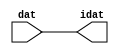

//------> /package/eda/mg/Catapult_10.3d/Mgc_home/pkgs/siflibs/ccs_in_v1.v 
//------------------------------------------------------------------------------
// Catapult Synthesis - Sample I/O Port Library
//
// Copyright (c) 2003-2017 Mentor Graphics Corp.
//       All Rights Reserved
//
// This document may be used and distributed without restriction provided that
// this copyright statement is not removed from the file and that any derivative
// work contains this copyright notice.
//
// The design information contained in this file is intended to be an example
// of the functionality which the end user may study in preparation for creating
// their own custom interfaces. This design does not necessarily present a 
// complete implementation of the named protocol or standard.
//
//------------------------------------------------------------------------------


module ccs_in_v1 (idat, dat);

  parameter integer rscid = 1;
  parameter integer width = 8;

  output [width-1:0] idat;
  input  [width-1:0] dat;

  wire   [width-1:0] idat;

  assign idat = dat;

endmodule


//------> /package/eda/mg/Catapult_10.3d/Mgc_home/pkgs/siflibs/ccs_out_v1.v 
//------------------------------------------------------------------------------
// Catapult Synthesis - Sample I/O Port Library
//
// Copyright (c) 2003-2015 Mentor Graphics Corp.
//       All Rights Reserved
//
// This document may be used and distributed without restriction provided that
// this copyright statement is not removed from the file and that any derivative
// work contains this copyright notice.
//
// The design information contained in this file is intended to be an example
// of the functionality which the end user may study in preparation for creating
// their own custom interfaces. This design does not necessarily present a 
// complete implementation of the named protocol or standard.
//
//------------------------------------------------------------------------------

module ccs_out_v1 (dat, idat);

  parameter integer rscid = 1;
  parameter integer width = 8;

  output   [width-1:0] dat;
  input    [width-1:0] idat;

  wire     [width-1:0] dat;

  assign dat = idat;

endmodule




//------> /package/eda/mg/Catapult_10.3d/Mgc_home/pkgs/siflibs/mgc_io_sync_v2.v 
//------------------------------------------------------------------------------
// Catapult Synthesis - Sample I/O Port Library
//
// Copyright (c) 2003-2017 Mentor Graphics Corp.
//       All Rights Reserved
//
// This document may be used and distributed without restriction provided that
// this copyright statement is not removed from the file and that any derivative
// work contains this copyright notice.
//
// The design information contained in this file is intended to be an example
// of the functionality which the end user may study in preparation for creating
// their own custom interfaces. This design does not necessarily present a 
// complete implementation of the named protocol or standard.
//
//------------------------------------------------------------------------------


module mgc_io_sync_v2 (ld, lz);
    parameter valid = 0;

    input  ld;
    output lz;

    wire   lz;

    assign lz = ld;

endmodule


//------> ./rtl.v 
// ----------------------------------------------------------------------
//  HLS HDL:        Verilog Netlister
//  HLS Version:    10.3d/815731 Production Release
//  HLS Date:       Wed Apr 24 14:54:19 PDT 2019
// 
//  Generated by:   695r48@cparch23.ecn.purdue.edu
//  Generated date: Tue Nov  9 14:55:47 2021
// ----------------------------------------------------------------------

// 
// ------------------------------------------------------------------
//  Design Unit:    fir_Altera_DIST_DIST_1R1W_RBW_rport_1_16_5_32_32_16_gen
// ------------------------------------------------------------------


module fir_Altera_DIST_DIST_1R1W_RBW_rport_1_16_5_32_32_16_gen (
  q, radr, radr_d, q_d, rport_r_ram_ir_internal_RMASK_B_d
);
  input [15:0] q;
  output [4:0] radr;
  input [4:0] radr_d;
  output [15:0] q_d;
  input rport_r_ram_ir_internal_RMASK_B_d;



  // Interconnect Declarations for Component Instantiations 
  assign q_d = q;
  assign radr = (radr_d);
endmodule

// ------------------------------------------------------------------
//  Design Unit:    fir_core_core_fsm
//  FSM Module
// ------------------------------------------------------------------


module fir_core_core_fsm (
  clk, rst, fsm_output, MAC_C_3_tr0
);
  input clk;
  input rst;
  output [6:0] fsm_output;
  reg [6:0] fsm_output;
  input MAC_C_3_tr0;


  // FSM State Type Declaration for fir_core_core_fsm_1
  parameter
    main_C_0 = 3'd0,
    MAC_C_0 = 3'd1,
    MAC_C_1 = 3'd2,
    MAC_C_2 = 3'd3,
    MAC_C_3 = 3'd4,
    MAC_C_4 = 3'd5,
    main_C_1 = 3'd6;

  reg [2:0] state_var;
  reg [2:0] state_var_NS;


  // Interconnect Declarations for Component Instantiations 
  always @(*)
  begin : fir_core_core_fsm_1
    case (state_var)
      MAC_C_0 : begin
        fsm_output = 7'b0000010;
        state_var_NS = MAC_C_1;
      end
      MAC_C_1 : begin
        fsm_output = 7'b0000100;
        state_var_NS = MAC_C_2;
      end
      MAC_C_2 : begin
        fsm_output = 7'b0001000;
        state_var_NS = MAC_C_3;
      end
      MAC_C_3 : begin
        fsm_output = 7'b0010000;
        if ( MAC_C_3_tr0 ) begin
          state_var_NS = main_C_1;
        end
        else begin
          state_var_NS = MAC_C_4;
        end
      end
      MAC_C_4 : begin
        fsm_output = 7'b0100000;
        state_var_NS = MAC_C_0;
      end
      main_C_1 : begin
        fsm_output = 7'b1000000;
        state_var_NS = main_C_0;
      end
      // main_C_0
      default : begin
        fsm_output = 7'b0000001;
        state_var_NS = MAC_C_0;
      end
    endcase
  end

  always @(posedge clk) begin
    if ( rst ) begin
      state_var <= main_C_0;
    end
    else begin
      state_var <= state_var_NS;
    end
  end

endmodule

// ------------------------------------------------------------------
//  Design Unit:    fir_core
// ------------------------------------------------------------------


module fir_core (
  clk, rst, coeffs_rsc_triosy_lz, in1_rsc_dat, in1_rsc_triosy_lz, out1_rsc_dat, out1_rsc_triosy_lz,
      coeffs_rsci_radr_d, coeffs_rsci_q_d, coeffs_rsci_rport_r_ram_ir_internal_RMASK_B_d
);
  input clk;
  input rst;
  output coeffs_rsc_triosy_lz;
  input [15:0] in1_rsc_dat;
  output in1_rsc_triosy_lz;
  output [15:0] out1_rsc_dat;
  output out1_rsc_triosy_lz;
  output [4:0] coeffs_rsci_radr_d;
  input [15:0] coeffs_rsci_q_d;
  output coeffs_rsci_rport_r_ram_ir_internal_RMASK_B_d;


  // Interconnect Declarations
  wire [15:0] in1_rsci_idat;
  reg [15:0] out1_rsci_idat;
  wire [6:0] fsm_output;
  wire [5:0] MAC_2_acc_2_tmp;
  wire [6:0] nl_MAC_2_acc_2_tmp;
  wire or_tmp_81;
  wire or_tmp_139;
  reg [5:0] MAC_i_5_0_sva;
  reg reg_out1_rsc_triosy_obj_ld_cse;
  wire reg_out1_out1_and_cse;
  wire [4:0] MAC_1_acc_2_psp_sva_mx0w0;
  wire [5:0] nl_MAC_1_acc_2_psp_sva_mx0w0;
  reg [4:0] MAC_i_4_0_sva;
  wire [29:0] z_out;
  wire [30:0] nl_z_out;
  wire [29:0] z_out_1;
  wire signed [31:0] nl_z_out_1;
  reg [15:0] regs_15_sva;
  reg [15:0] regs_16_sva;
  reg [15:0] regs_14_sva;
  reg [15:0] regs_17_sva;
  reg [15:0] regs_13_sva;
  reg [15:0] regs_18_sva;
  reg [15:0] regs_12_sva;
  reg [15:0] regs_19_sva;
  reg [15:0] regs_11_sva;
  reg [15:0] regs_20_sva;
  reg [15:0] regs_10_sva;
  reg [15:0] regs_21_sva;
  reg [15:0] regs_9_sva;
  reg [15:0] regs_22_sva;
  reg [15:0] regs_8_sva;
  reg [15:0] regs_23_sva;
  reg [15:0] regs_7_sva;
  reg [15:0] regs_24_sva;
  reg [15:0] regs_6_sva;
  reg [15:0] regs_25_sva;
  reg [15:0] regs_5_sva;
  reg [15:0] regs_26_sva;
  reg [15:0] regs_4_sva;
  reg [15:0] regs_27_sva;
  reg [15:0] regs_3_sva;
  reg [15:0] regs_28_sva;
  reg [15:0] regs_2_sva;
  reg [15:0] regs_29_sva;
  reg [15:0] regs_1_sva;
  reg [15:0] regs_30_sva;
  reg [15:0] regs_0_sva;
  reg [29:0] acc_32_3_1_sva;
  reg [15:0] regs_30_sva_1;
  reg [15:0] regs_29_sva_1;
  reg [15:0] regs_28_sva_1;
  reg [15:0] regs_27_sva_1;
  reg [15:0] regs_26_sva_1;
  reg [15:0] regs_25_sva_1;
  reg [15:0] regs_24_sva_1;
  reg [15:0] regs_23_sva_1;
  reg [15:0] regs_22_sva_1;
  reg [15:0] regs_21_sva_1;
  reg [15:0] regs_20_sva_1;
  reg [15:0] regs_19_sva_1;
  reg [15:0] regs_18_sva_1;
  reg [15:0] regs_17_sva_1;
  reg [15:0] regs_16_sva_1;
  reg [15:0] regs_15_sva_1;
  reg [15:0] regs_14_sva_1;
  reg [15:0] regs_13_sva_1;
  reg [15:0] regs_12_sva_1;
  reg [15:0] regs_11_sva_1;
  reg [15:0] regs_10_sva_1;
  reg [15:0] regs_9_sva_1;
  reg [15:0] regs_8_sva_1;
  reg [15:0] regs_7_sva_1;
  reg [15:0] regs_6_sva_1;
  reg [15:0] regs_5_sva_1;
  reg [15:0] regs_4_sva_1;
  reg [15:0] regs_3_sva_1;
  reg [15:0] regs_2_sva_1;
  reg [15:0] regs_1_sva_1;
  reg [15:0] regs_0_sva_1;
  reg [15:0] MAC_mux_itm;
  reg [29:0] MAC_1_mul_itm;
  reg [15:0] MAC_mux_1_itm;
  reg [29:0] MAC_2_mul_itm;
  reg [15:0] MAC_mux_2_itm;
  reg [4:0] MAC_3_acc_2_itm;
  wire [5:0] nl_MAC_3_acc_2_itm;
  wire [29:0] acc_32_3_sva_1;
  wire [30:0] nl_acc_32_3_sva_1;

  wire[29:0] acc_mux_nl;
  wire[0:0] acc_not_nl;
  wire[15:0] MAC_mux_4_nl;
  wire[29:0] MAC_mux_7_nl;
  wire[15:0] MAC_mux1h_12_nl;

  // Interconnect Declarations for Component Instantiations 
  wire [0:0] nl_fir_core_core_fsm_inst_MAC_C_3_tr0;
  assign nl_fir_core_core_fsm_inst_MAC_C_3_tr0 = MAC_i_5_0_sva[5];
  ccs_in_v1 #(.rscid(32'sd2),
  .width(32'sd16)) in1_rsci (
      .dat(in1_rsc_dat),
      .idat(in1_rsci_idat)
    );
  ccs_out_v1 #(.rscid(32'sd3),
  .width(32'sd16)) out1_rsci (
      .idat(out1_rsci_idat),
      .dat(out1_rsc_dat)
    );
  mgc_io_sync_v2 #(.valid(32'sd0)) coeffs_rsc_triosy_obj (
      .ld(reg_out1_rsc_triosy_obj_ld_cse),
      .lz(coeffs_rsc_triosy_lz)
    );
  mgc_io_sync_v2 #(.valid(32'sd0)) in1_rsc_triosy_obj (
      .ld(reg_out1_rsc_triosy_obj_ld_cse),
      .lz(in1_rsc_triosy_lz)
    );
  mgc_io_sync_v2 #(.valid(32'sd0)) out1_rsc_triosy_obj (
      .ld(reg_out1_rsc_triosy_obj_ld_cse),
      .lz(out1_rsc_triosy_lz)
    );
  fir_core_core_fsm fir_core_core_fsm_inst (
      .clk(clk),
      .rst(rst),
      .fsm_output(fsm_output),
      .MAC_C_3_tr0(nl_fir_core_core_fsm_inst_MAC_C_3_tr0[0:0])
    );
  assign reg_out1_out1_and_cse = (fsm_output[4]) & (MAC_i_5_0_sva[5]);
  assign nl_acc_32_3_sva_1 = z_out + acc_32_3_1_sva;
  assign acc_32_3_sva_1 = nl_acc_32_3_sva_1[29:0];
  assign nl_MAC_1_acc_2_psp_sva_mx0w0 = MAC_i_4_0_sva + 5'b00001;
  assign MAC_1_acc_2_psp_sva_mx0w0 = nl_MAC_1_acc_2_psp_sva_mx0w0[4:0];
  assign nl_MAC_2_acc_2_tmp = conv_u2s_5_6(MAC_1_acc_2_psp_sva_mx0w0) + 6'b000001;
  assign MAC_2_acc_2_tmp = nl_MAC_2_acc_2_tmp[5:0];
  assign or_tmp_81 = ~((fsm_output[6]) | (fsm_output[0]));
  assign or_tmp_139 = (fsm_output[3:2]!=2'b00);
  assign coeffs_rsci_radr_d = MUX1HOT_v_5_3_2(MAC_1_acc_2_psp_sva_mx0w0, MAC_i_4_0_sva,
      (MAC_i_5_0_sva[4:0]), {(fsm_output[1]) , (fsm_output[2]) , (fsm_output[3])});
  assign coeffs_rsci_rport_r_ram_ir_internal_RMASK_B_d = (fsm_output[3:1]!=3'b000);
  always @(posedge clk) begin
    if ( rst ) begin
      acc_32_3_1_sva <= 30'b000000000000000000000000000000;
    end
    else if ( (fsm_output[0]) | (fsm_output[5]) | (fsm_output[4]) ) begin
      acc_32_3_1_sva <= MUX_v_30_2_2(30'b000000000000000000000000000000, (acc_mux_nl),
          (acc_not_nl));
    end
  end
  always @(posedge clk) begin
    if ( rst ) begin
      out1_rsci_idat <= 16'b0000000000000000;
      regs_0_sva <= 16'b0000000000000000;
      regs_3_sva <= 16'b0000000000000000;
      regs_6_sva <= 16'b0000000000000000;
      regs_9_sva <= 16'b0000000000000000;
      regs_12_sva <= 16'b0000000000000000;
      regs_15_sva <= 16'b0000000000000000;
      regs_18_sva <= 16'b0000000000000000;
      regs_21_sva <= 16'b0000000000000000;
      regs_24_sva <= 16'b0000000000000000;
      regs_27_sva <= 16'b0000000000000000;
      regs_30_sva <= 16'b0000000000000000;
      regs_2_sva <= 16'b0000000000000000;
      regs_5_sva <= 16'b0000000000000000;
      regs_8_sva <= 16'b0000000000000000;
      regs_11_sva <= 16'b0000000000000000;
      regs_14_sva <= 16'b0000000000000000;
      regs_17_sva <= 16'b0000000000000000;
      regs_20_sva <= 16'b0000000000000000;
      regs_23_sva <= 16'b0000000000000000;
      regs_26_sva <= 16'b0000000000000000;
      regs_29_sva <= 16'b0000000000000000;
      regs_1_sva <= 16'b0000000000000000;
      regs_4_sva <= 16'b0000000000000000;
      regs_7_sva <= 16'b0000000000000000;
      regs_10_sva <= 16'b0000000000000000;
      regs_13_sva <= 16'b0000000000000000;
      regs_16_sva <= 16'b0000000000000000;
      regs_19_sva <= 16'b0000000000000000;
      regs_22_sva <= 16'b0000000000000000;
      regs_25_sva <= 16'b0000000000000000;
      regs_28_sva <= 16'b0000000000000000;
    end
    else if ( reg_out1_out1_and_cse ) begin
      out1_rsci_idat <= acc_32_3_sva_1[29:14];
      regs_0_sva <= regs_0_sva_1;
      regs_3_sva <= regs_3_sva_1;
      regs_6_sva <= regs_6_sva_1;
      regs_9_sva <= regs_9_sva_1;
      regs_12_sva <= regs_12_sva_1;
      regs_15_sva <= regs_15_sva_1;
      regs_18_sva <= regs_18_sva_1;
      regs_21_sva <= regs_21_sva_1;
      regs_24_sva <= regs_24_sva_1;
      regs_27_sva <= regs_27_sva_1;
      regs_30_sva <= regs_30_sva_1;
      regs_2_sva <= regs_2_sva_1;
      regs_5_sva <= regs_5_sva_1;
      regs_8_sva <= regs_8_sva_1;
      regs_11_sva <= regs_11_sva_1;
      regs_14_sva <= regs_14_sva_1;
      regs_17_sva <= regs_17_sva_1;
      regs_20_sva <= regs_20_sva_1;
      regs_23_sva <= regs_23_sva_1;
      regs_26_sva <= regs_26_sva_1;
      regs_29_sva <= regs_29_sva_1;
      regs_1_sva <= regs_1_sva_1;
      regs_4_sva <= regs_4_sva_1;
      regs_7_sva <= regs_7_sva_1;
      regs_10_sva <= regs_10_sva_1;
      regs_13_sva <= regs_13_sva_1;
      regs_16_sva <= regs_16_sva_1;
      regs_19_sva <= regs_19_sva_1;
      regs_22_sva <= regs_22_sva_1;
      regs_25_sva <= regs_25_sva_1;
      regs_28_sva <= regs_28_sva_1;
    end
  end
  always @(posedge clk) begin
    if ( rst ) begin
      MAC_i_4_0_sva <= 5'b00000;
    end
    else if ( (fsm_output[0]) | (fsm_output[4]) ) begin
      MAC_i_4_0_sva <= MUX_v_5_2_2(5'b00000, MAC_3_acc_2_itm, (fsm_output[4]));
    end
  end
  always @(posedge clk) begin
    if ( rst ) begin
      regs_0_sva_1 <= 16'b0000000000000000;
    end
    else if ( ~ or_tmp_81 ) begin
      regs_0_sva_1 <= in1_rsci_idat;
    end
  end
  always @(posedge clk) begin
    if ( rst ) begin
      reg_out1_rsc_triosy_obj_ld_cse <= 1'b0;
      MAC_mux_1_itm <= 16'b0000000000000000;
      MAC_1_mul_itm <= 30'b000000000000000000000000000000;
    end
    else begin
      reg_out1_rsc_triosy_obj_ld_cse <= reg_out1_out1_and_cse;
      MAC_mux_1_itm <= MUX_v_16_32_2x0x2x3x5x6x8x9x11x12x14x15x17x18x20x21x23x24x26x27x29x30(regs_0_sva,
          regs_3_sva, regs_6_sva, regs_9_sva, regs_12_sva, regs_15_sva, regs_18_sva,
          regs_21_sva, regs_24_sva, regs_27_sva, regs_30_sva, MAC_1_acc_2_psp_sva_mx0w0);
      MAC_1_mul_itm <= z_out_1;
    end
  end
  always @(posedge clk) begin
    if ( rst ) begin
      regs_30_sva_1 <= 16'b0000000000000000;
    end
    else if ( ~ or_tmp_81 ) begin
      regs_30_sva_1 <= regs_29_sva;
    end
  end
  always @(posedge clk) begin
    if ( rst ) begin
      regs_29_sva_1 <= 16'b0000000000000000;
    end
    else if ( ~ or_tmp_81 ) begin
      regs_29_sva_1 <= regs_28_sva;
    end
  end
  always @(posedge clk) begin
    if ( rst ) begin
      regs_28_sva_1 <= 16'b0000000000000000;
    end
    else if ( ~ or_tmp_81 ) begin
      regs_28_sva_1 <= regs_27_sva;
    end
  end
  always @(posedge clk) begin
    if ( rst ) begin
      regs_27_sva_1 <= 16'b0000000000000000;
    end
    else if ( ~ or_tmp_81 ) begin
      regs_27_sva_1 <= regs_26_sva;
    end
  end
  always @(posedge clk) begin
    if ( rst ) begin
      regs_26_sva_1 <= 16'b0000000000000000;
    end
    else if ( ~ or_tmp_81 ) begin
      regs_26_sva_1 <= regs_25_sva;
    end
  end
  always @(posedge clk) begin
    if ( rst ) begin
      regs_25_sva_1 <= 16'b0000000000000000;
    end
    else if ( ~ or_tmp_81 ) begin
      regs_25_sva_1 <= regs_24_sva;
    end
  end
  always @(posedge clk) begin
    if ( rst ) begin
      regs_24_sva_1 <= 16'b0000000000000000;
    end
    else if ( ~ or_tmp_81 ) begin
      regs_24_sva_1 <= regs_23_sva;
    end
  end
  always @(posedge clk) begin
    if ( rst ) begin
      regs_23_sva_1 <= 16'b0000000000000000;
    end
    else if ( ~ or_tmp_81 ) begin
      regs_23_sva_1 <= regs_22_sva;
    end
  end
  always @(posedge clk) begin
    if ( rst ) begin
      regs_22_sva_1 <= 16'b0000000000000000;
    end
    else if ( ~ or_tmp_81 ) begin
      regs_22_sva_1 <= regs_21_sva;
    end
  end
  always @(posedge clk) begin
    if ( rst ) begin
      regs_21_sva_1 <= 16'b0000000000000000;
    end
    else if ( ~ or_tmp_81 ) begin
      regs_21_sva_1 <= regs_20_sva;
    end
  end
  always @(posedge clk) begin
    if ( rst ) begin
      regs_20_sva_1 <= 16'b0000000000000000;
    end
    else if ( ~ or_tmp_81 ) begin
      regs_20_sva_1 <= regs_19_sva;
    end
  end
  always @(posedge clk) begin
    if ( rst ) begin
      regs_19_sva_1 <= 16'b0000000000000000;
    end
    else if ( ~ or_tmp_81 ) begin
      regs_19_sva_1 <= regs_18_sva;
    end
  end
  always @(posedge clk) begin
    if ( rst ) begin
      regs_18_sva_1 <= 16'b0000000000000000;
    end
    else if ( ~ or_tmp_81 ) begin
      regs_18_sva_1 <= regs_17_sva;
    end
  end
  always @(posedge clk) begin
    if ( rst ) begin
      regs_17_sva_1 <= 16'b0000000000000000;
    end
    else if ( ~ or_tmp_81 ) begin
      regs_17_sva_1 <= regs_16_sva;
    end
  end
  always @(posedge clk) begin
    if ( rst ) begin
      regs_16_sva_1 <= 16'b0000000000000000;
    end
    else if ( ~ or_tmp_81 ) begin
      regs_16_sva_1 <= regs_15_sva;
    end
  end
  always @(posedge clk) begin
    if ( rst ) begin
      regs_15_sva_1 <= 16'b0000000000000000;
    end
    else if ( ~ or_tmp_81 ) begin
      regs_15_sva_1 <= regs_14_sva;
    end
  end
  always @(posedge clk) begin
    if ( rst ) begin
      regs_14_sva_1 <= 16'b0000000000000000;
    end
    else if ( ~ or_tmp_81 ) begin
      regs_14_sva_1 <= regs_13_sva;
    end
  end
  always @(posedge clk) begin
    if ( rst ) begin
      regs_13_sva_1 <= 16'b0000000000000000;
    end
    else if ( ~ or_tmp_81 ) begin
      regs_13_sva_1 <= regs_12_sva;
    end
  end
  always @(posedge clk) begin
    if ( rst ) begin
      regs_12_sva_1 <= 16'b0000000000000000;
    end
    else if ( ~ or_tmp_81 ) begin
      regs_12_sva_1 <= regs_11_sva;
    end
  end
  always @(posedge clk) begin
    if ( rst ) begin
      regs_11_sva_1 <= 16'b0000000000000000;
    end
    else if ( ~ or_tmp_81 ) begin
      regs_11_sva_1 <= regs_10_sva;
    end
  end
  always @(posedge clk) begin
    if ( rst ) begin
      regs_10_sva_1 <= 16'b0000000000000000;
    end
    else if ( ~ or_tmp_81 ) begin
      regs_10_sva_1 <= regs_9_sva;
    end
  end
  always @(posedge clk) begin
    if ( rst ) begin
      regs_9_sva_1 <= 16'b0000000000000000;
    end
    else if ( ~ or_tmp_81 ) begin
      regs_9_sva_1 <= regs_8_sva;
    end
  end
  always @(posedge clk) begin
    if ( rst ) begin
      regs_8_sva_1 <= 16'b0000000000000000;
    end
    else if ( ~ or_tmp_81 ) begin
      regs_8_sva_1 <= regs_7_sva;
    end
  end
  always @(posedge clk) begin
    if ( rst ) begin
      regs_7_sva_1 <= 16'b0000000000000000;
    end
    else if ( ~ or_tmp_81 ) begin
      regs_7_sva_1 <= regs_6_sva;
    end
  end
  always @(posedge clk) begin
    if ( rst ) begin
      regs_6_sva_1 <= 16'b0000000000000000;
    end
    else if ( ~ or_tmp_81 ) begin
      regs_6_sva_1 <= regs_5_sva;
    end
  end
  always @(posedge clk) begin
    if ( rst ) begin
      regs_5_sva_1 <= 16'b0000000000000000;
    end
    else if ( ~ or_tmp_81 ) begin
      regs_5_sva_1 <= regs_4_sva;
    end
  end
  always @(posedge clk) begin
    if ( rst ) begin
      regs_4_sva_1 <= 16'b0000000000000000;
    end
    else if ( ~ or_tmp_81 ) begin
      regs_4_sva_1 <= regs_3_sva;
    end
  end
  always @(posedge clk) begin
    if ( rst ) begin
      regs_3_sva_1 <= 16'b0000000000000000;
    end
    else if ( ~ or_tmp_81 ) begin
      regs_3_sva_1 <= regs_2_sva;
    end
  end
  always @(posedge clk) begin
    if ( rst ) begin
      regs_2_sva_1 <= 16'b0000000000000000;
    end
    else if ( ~ or_tmp_81 ) begin
      regs_2_sva_1 <= regs_1_sva;
    end
  end
  always @(posedge clk) begin
    if ( rst ) begin
      regs_1_sva_1 <= 16'b0000000000000000;
    end
    else if ( ~ or_tmp_81 ) begin
      regs_1_sva_1 <= regs_0_sva;
    end
  end
  always @(posedge clk) begin
    if ( rst ) begin
      MAC_i_5_0_sva <= 6'b000000;
    end
    else if ( fsm_output[1] ) begin
      MAC_i_5_0_sva <= MAC_2_acc_2_tmp;
    end
  end
  always @(posedge clk) begin
    if ( rst ) begin
      MAC_mux_itm <= 16'b0000000000000000;
    end
    else if ( fsm_output[1] ) begin
      MAC_mux_itm <= MUX_v_16_31_2x1x2x4x5x7x8x10x11x13x14x16x17x19x20x22x23x25x26x28x29(regs_0_sva_1,
          regs_2_sva, regs_5_sva, regs_8_sva, regs_11_sva, regs_14_sva, regs_17_sva,
          regs_20_sva, regs_23_sva, regs_26_sva, regs_29_sva, MAC_i_4_0_sva);
    end
  end
  always @(posedge clk) begin
    if ( rst ) begin
      MAC_3_acc_2_itm <= 5'b00000;
    end
    else if ( ~ or_tmp_139 ) begin
      MAC_3_acc_2_itm <= nl_MAC_3_acc_2_itm[4:0];
    end
  end
  always @(posedge clk) begin
    if ( rst ) begin
      MAC_mux_2_itm <= 16'b0000000000000000;
    end
    else if ( ~ or_tmp_139 ) begin
      MAC_mux_2_itm <= (MAC_mux_4_nl);
    end
  end
  always @(posedge clk) begin
    if ( rst ) begin
      MAC_2_mul_itm <= 30'b000000000000000000000000000000;
    end
    else if ( (fsm_output[2]) | (fsm_output[4]) ) begin
      MAC_2_mul_itm <= z_out_1;
    end
  end
  assign acc_mux_nl = MUX_v_30_2_2(acc_32_3_sva_1, z_out, fsm_output[5]);
  assign acc_not_nl = ~ (fsm_output[0]);
  assign nl_MAC_3_acc_2_itm  = (MAC_2_acc_2_tmp[4:0]) + 5'b00001;
  assign MAC_mux_4_nl = MUX_v_16_30_2x0x1x3x4x6x7x9x10x12x13x15x16x18x19x21x22x24x25x27x28(regs_1_sva,
      regs_4_sva, regs_7_sva, regs_10_sva, regs_13_sva, regs_16_sva, regs_19_sva,
      regs_22_sva, regs_25_sva, regs_28_sva, MAC_2_acc_2_tmp[4:0]);
  assign MAC_mux_7_nl = MUX_v_30_2_2(acc_32_3_1_sva, MAC_1_mul_itm, fsm_output[4]);
  assign nl_z_out = (MAC_mux_7_nl) + MAC_2_mul_itm;
  assign z_out = nl_z_out[29:0];
  assign MAC_mux1h_12_nl = MUX1HOT_v_16_3_2(MAC_mux_1_itm, MAC_mux_2_itm, MAC_mux_itm,
      {(fsm_output[2]) , (fsm_output[4]) , (fsm_output[3])});
  assign nl_z_out_1 = $signed((MAC_mux1h_12_nl)) * $signed((coeffs_rsci_q_d));
  assign z_out_1 = nl_z_out_1[29:0];

  function automatic [15:0] MUX1HOT_v_16_3_2;
    input [15:0] input_2;
    input [15:0] input_1;
    input [15:0] input_0;
    input [2:0] sel;
    reg [15:0] result;
  begin
    result = input_0 & {16{sel[0]}};
    result = result | ( input_1 & {16{sel[1]}});
    result = result | ( input_2 & {16{sel[2]}});
    MUX1HOT_v_16_3_2 = result;
  end
  endfunction


  function automatic [4:0] MUX1HOT_v_5_3_2;
    input [4:0] input_2;
    input [4:0] input_1;
    input [4:0] input_0;
    input [2:0] sel;
    reg [4:0] result;
  begin
    result = input_0 & {5{sel[0]}};
    result = result | ( input_1 & {5{sel[1]}});
    result = result | ( input_2 & {5{sel[2]}});
    MUX1HOT_v_5_3_2 = result;
  end
  endfunction


  function automatic [15:0] MUX_v_16_30_2x0x1x3x4x6x7x9x10x12x13x15x16x18x19x21x22x24x25x27x28;
    input [15:0] input_2;
    input [15:0] input_5;
    input [15:0] input_8;
    input [15:0] input_11;
    input [15:0] input_14;
    input [15:0] input_17;
    input [15:0] input_20;
    input [15:0] input_23;
    input [15:0] input_26;
    input [15:0] input_29;
    input [4:0] sel;
    reg [15:0] result;
  begin
    case (sel)
      5'b00010 : begin
        result = input_2;
      end
      5'b00101 : begin
        result = input_5;
      end
      5'b01000 : begin
        result = input_8;
      end
      5'b01011 : begin
        result = input_11;
      end
      5'b01110 : begin
        result = input_14;
      end
      5'b10001 : begin
        result = input_17;
      end
      5'b10100 : begin
        result = input_20;
      end
      5'b10111 : begin
        result = input_23;
      end
      5'b11010 : begin
        result = input_26;
      end
      default : begin
        result = input_29;
      end
    endcase
    MUX_v_16_30_2x0x1x3x4x6x7x9x10x12x13x15x16x18x19x21x22x24x25x27x28 = result;
  end
  endfunction


  function automatic [15:0] MUX_v_16_31_2x1x2x4x5x7x8x10x11x13x14x16x17x19x20x22x23x25x26x28x29;
    input [15:0] input_0;
    input [15:0] input_3;
    input [15:0] input_6;
    input [15:0] input_9;
    input [15:0] input_12;
    input [15:0] input_15;
    input [15:0] input_18;
    input [15:0] input_21;
    input [15:0] input_24;
    input [15:0] input_27;
    input [15:0] input_30;
    input [4:0] sel;
    reg [15:0] result;
  begin
    case (sel)
      5'b00000 : begin
        result = input_0;
      end
      5'b00011 : begin
        result = input_3;
      end
      5'b00110 : begin
        result = input_6;
      end
      5'b01001 : begin
        result = input_9;
      end
      5'b01100 : begin
        result = input_12;
      end
      5'b01111 : begin
        result = input_15;
      end
      5'b10010 : begin
        result = input_18;
      end
      5'b10101 : begin
        result = input_21;
      end
      5'b11000 : begin
        result = input_24;
      end
      5'b11011 : begin
        result = input_27;
      end
      default : begin
        result = input_30;
      end
    endcase
    MUX_v_16_31_2x1x2x4x5x7x8x10x11x13x14x16x17x19x20x22x23x25x26x28x29 = result;
  end
  endfunction


  function automatic [15:0] MUX_v_16_32_2x0x2x3x5x6x8x9x11x12x14x15x17x18x20x21x23x24x26x27x29x30;
    input [15:0] input_1;
    input [15:0] input_4;
    input [15:0] input_7;
    input [15:0] input_10;
    input [15:0] input_13;
    input [15:0] input_16;
    input [15:0] input_19;
    input [15:0] input_22;
    input [15:0] input_25;
    input [15:0] input_28;
    input [15:0] input_31;
    input [4:0] sel;
    reg [15:0] result;
  begin
    case (sel)
      5'b00001 : begin
        result = input_1;
      end
      5'b00100 : begin
        result = input_4;
      end
      5'b00111 : begin
        result = input_7;
      end
      5'b01010 : begin
        result = input_10;
      end
      5'b01101 : begin
        result = input_13;
      end
      5'b10000 : begin
        result = input_16;
      end
      5'b10011 : begin
        result = input_19;
      end
      5'b10110 : begin
        result = input_22;
      end
      5'b11001 : begin
        result = input_25;
      end
      5'b11100 : begin
        result = input_28;
      end
      default : begin
        result = input_31;
      end
    endcase
    MUX_v_16_32_2x0x2x3x5x6x8x9x11x12x14x15x17x18x20x21x23x24x26x27x29x30 = result;
  end
  endfunction


  function automatic [29:0] MUX_v_30_2_2;
    input [29:0] input_0;
    input [29:0] input_1;
    input [0:0] sel;
    reg [29:0] result;
  begin
    case (sel)
      1'b0 : begin
        result = input_0;
      end
      default : begin
        result = input_1;
      end
    endcase
    MUX_v_30_2_2 = result;
  end
  endfunction


  function automatic [4:0] MUX_v_5_2_2;
    input [4:0] input_0;
    input [4:0] input_1;
    input [0:0] sel;
    reg [4:0] result;
  begin
    case (sel)
      1'b0 : begin
        result = input_0;
      end
      default : begin
        result = input_1;
      end
    endcase
    MUX_v_5_2_2 = result;
  end
  endfunction


  function automatic [5:0] conv_u2s_5_6 ;
    input [4:0]  vector ;
  begin
    conv_u2s_5_6 =  {1'b0, vector};
  end
  endfunction

endmodule

// ------------------------------------------------------------------
//  Design Unit:    fir
// ------------------------------------------------------------------


module fir (
  clk, rst, coeffs_rsc_radr, coeffs_rsc_q, coeffs_rsc_triosy_lz, in1_rsc_dat, in1_rsc_triosy_lz,
      out1_rsc_dat, out1_rsc_triosy_lz
);
  input clk;
  input rst;
  output [4:0] coeffs_rsc_radr;
  input [15:0] coeffs_rsc_q;
  output coeffs_rsc_triosy_lz;
  input [15:0] in1_rsc_dat;
  output in1_rsc_triosy_lz;
  output [15:0] out1_rsc_dat;
  output out1_rsc_triosy_lz;


  // Interconnect Declarations
  wire [4:0] coeffs_rsci_radr_d;
  wire [15:0] coeffs_rsci_q_d;
  wire coeffs_rsci_rport_r_ram_ir_internal_RMASK_B_d;


  // Interconnect Declarations for Component Instantiations 
  fir_Altera_DIST_DIST_1R1W_RBW_rport_1_16_5_32_32_16_gen coeffs_rsci (
      .q(coeffs_rsc_q),
      .radr(coeffs_rsc_radr),
      .radr_d(coeffs_rsci_radr_d),
      .q_d(coeffs_rsci_q_d),
      .rport_r_ram_ir_internal_RMASK_B_d(coeffs_rsci_rport_r_ram_ir_internal_RMASK_B_d)
    );
  fir_core fir_core_inst (
      .clk(clk),
      .rst(rst),
      .coeffs_rsc_triosy_lz(coeffs_rsc_triosy_lz),
      .in1_rsc_dat(in1_rsc_dat),
      .in1_rsc_triosy_lz(in1_rsc_triosy_lz),
      .out1_rsc_dat(out1_rsc_dat),
      .out1_rsc_triosy_lz(out1_rsc_triosy_lz),
      .coeffs_rsci_radr_d(coeffs_rsci_radr_d),
      .coeffs_rsci_q_d(coeffs_rsci_q_d),
      .coeffs_rsci_rport_r_ram_ir_internal_RMASK_B_d(coeffs_rsci_rport_r_ram_ir_internal_RMASK_B_d)
    );
endmodule